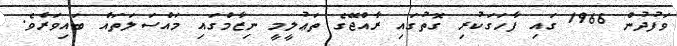
ވަފުދުން 1966 ގައި ފާހަގަކުރި ގޮތުގައި ރާއްޖޭގެ ތަޢުލީމީ ނިޒާމްގައި މައްސަލަތައް ބައިވަރެވެ.